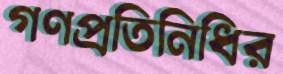
গণপ্রতিনিধির